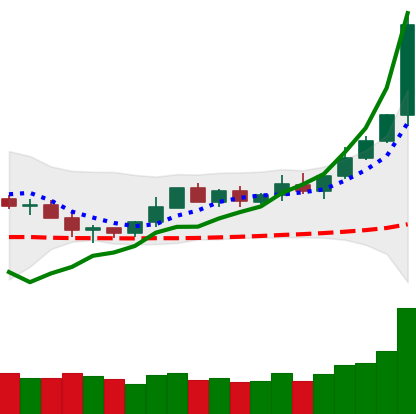
Ticker: DOGE-USD
Chart end date: 2020-02-08
Forward return: -4.21%
Label: down_3_5